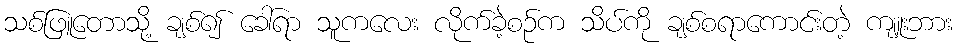
သစ်ဖြူတောသို့ ချစ်၍ ခေါ်ရာ သူကလေး လိုက်ခဲ့စဉ်က သိပ်ကို ချစ်စရာကောင်းတဲ့ ကျူးဘား